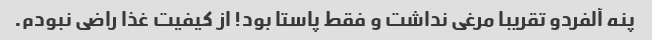
پنه آلفردو تقریبا مرغی نداشت و فقط پاستا بود! از کیفیت غذا راضی نبودم.